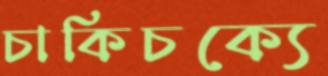
চাকিচক্যে